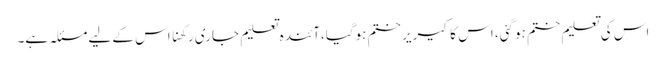
اس کی تعلیم ختم ہوگئی، اس کا کیریر ختم ہوگیا،آئندہ تعلیم جاری رکھنا اس کے لیے مسئلہ ہے۔